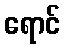
ရောင်